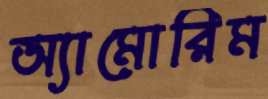
অ্যামোরিম